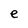
Character: e